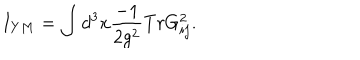
I _ { Y M } = \int d ^ { 3 } x \frac { - 1 } { 2 g ^ { 2 } } T r G _ { i j } ^ { 2 } .